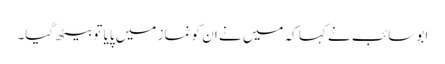
ابو سائب نے کہا کہ میں نے ان کو نماز میں پایا تو بیٹھ گیا۔